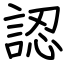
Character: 認